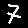
Digit: 7